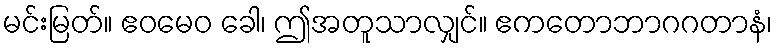
မင်းမြတ်။ ဧဝမေဝ ခေါ၊ ဤအတူသာလျှင်။ ဧကတောဘာဂဂတာနံ၊